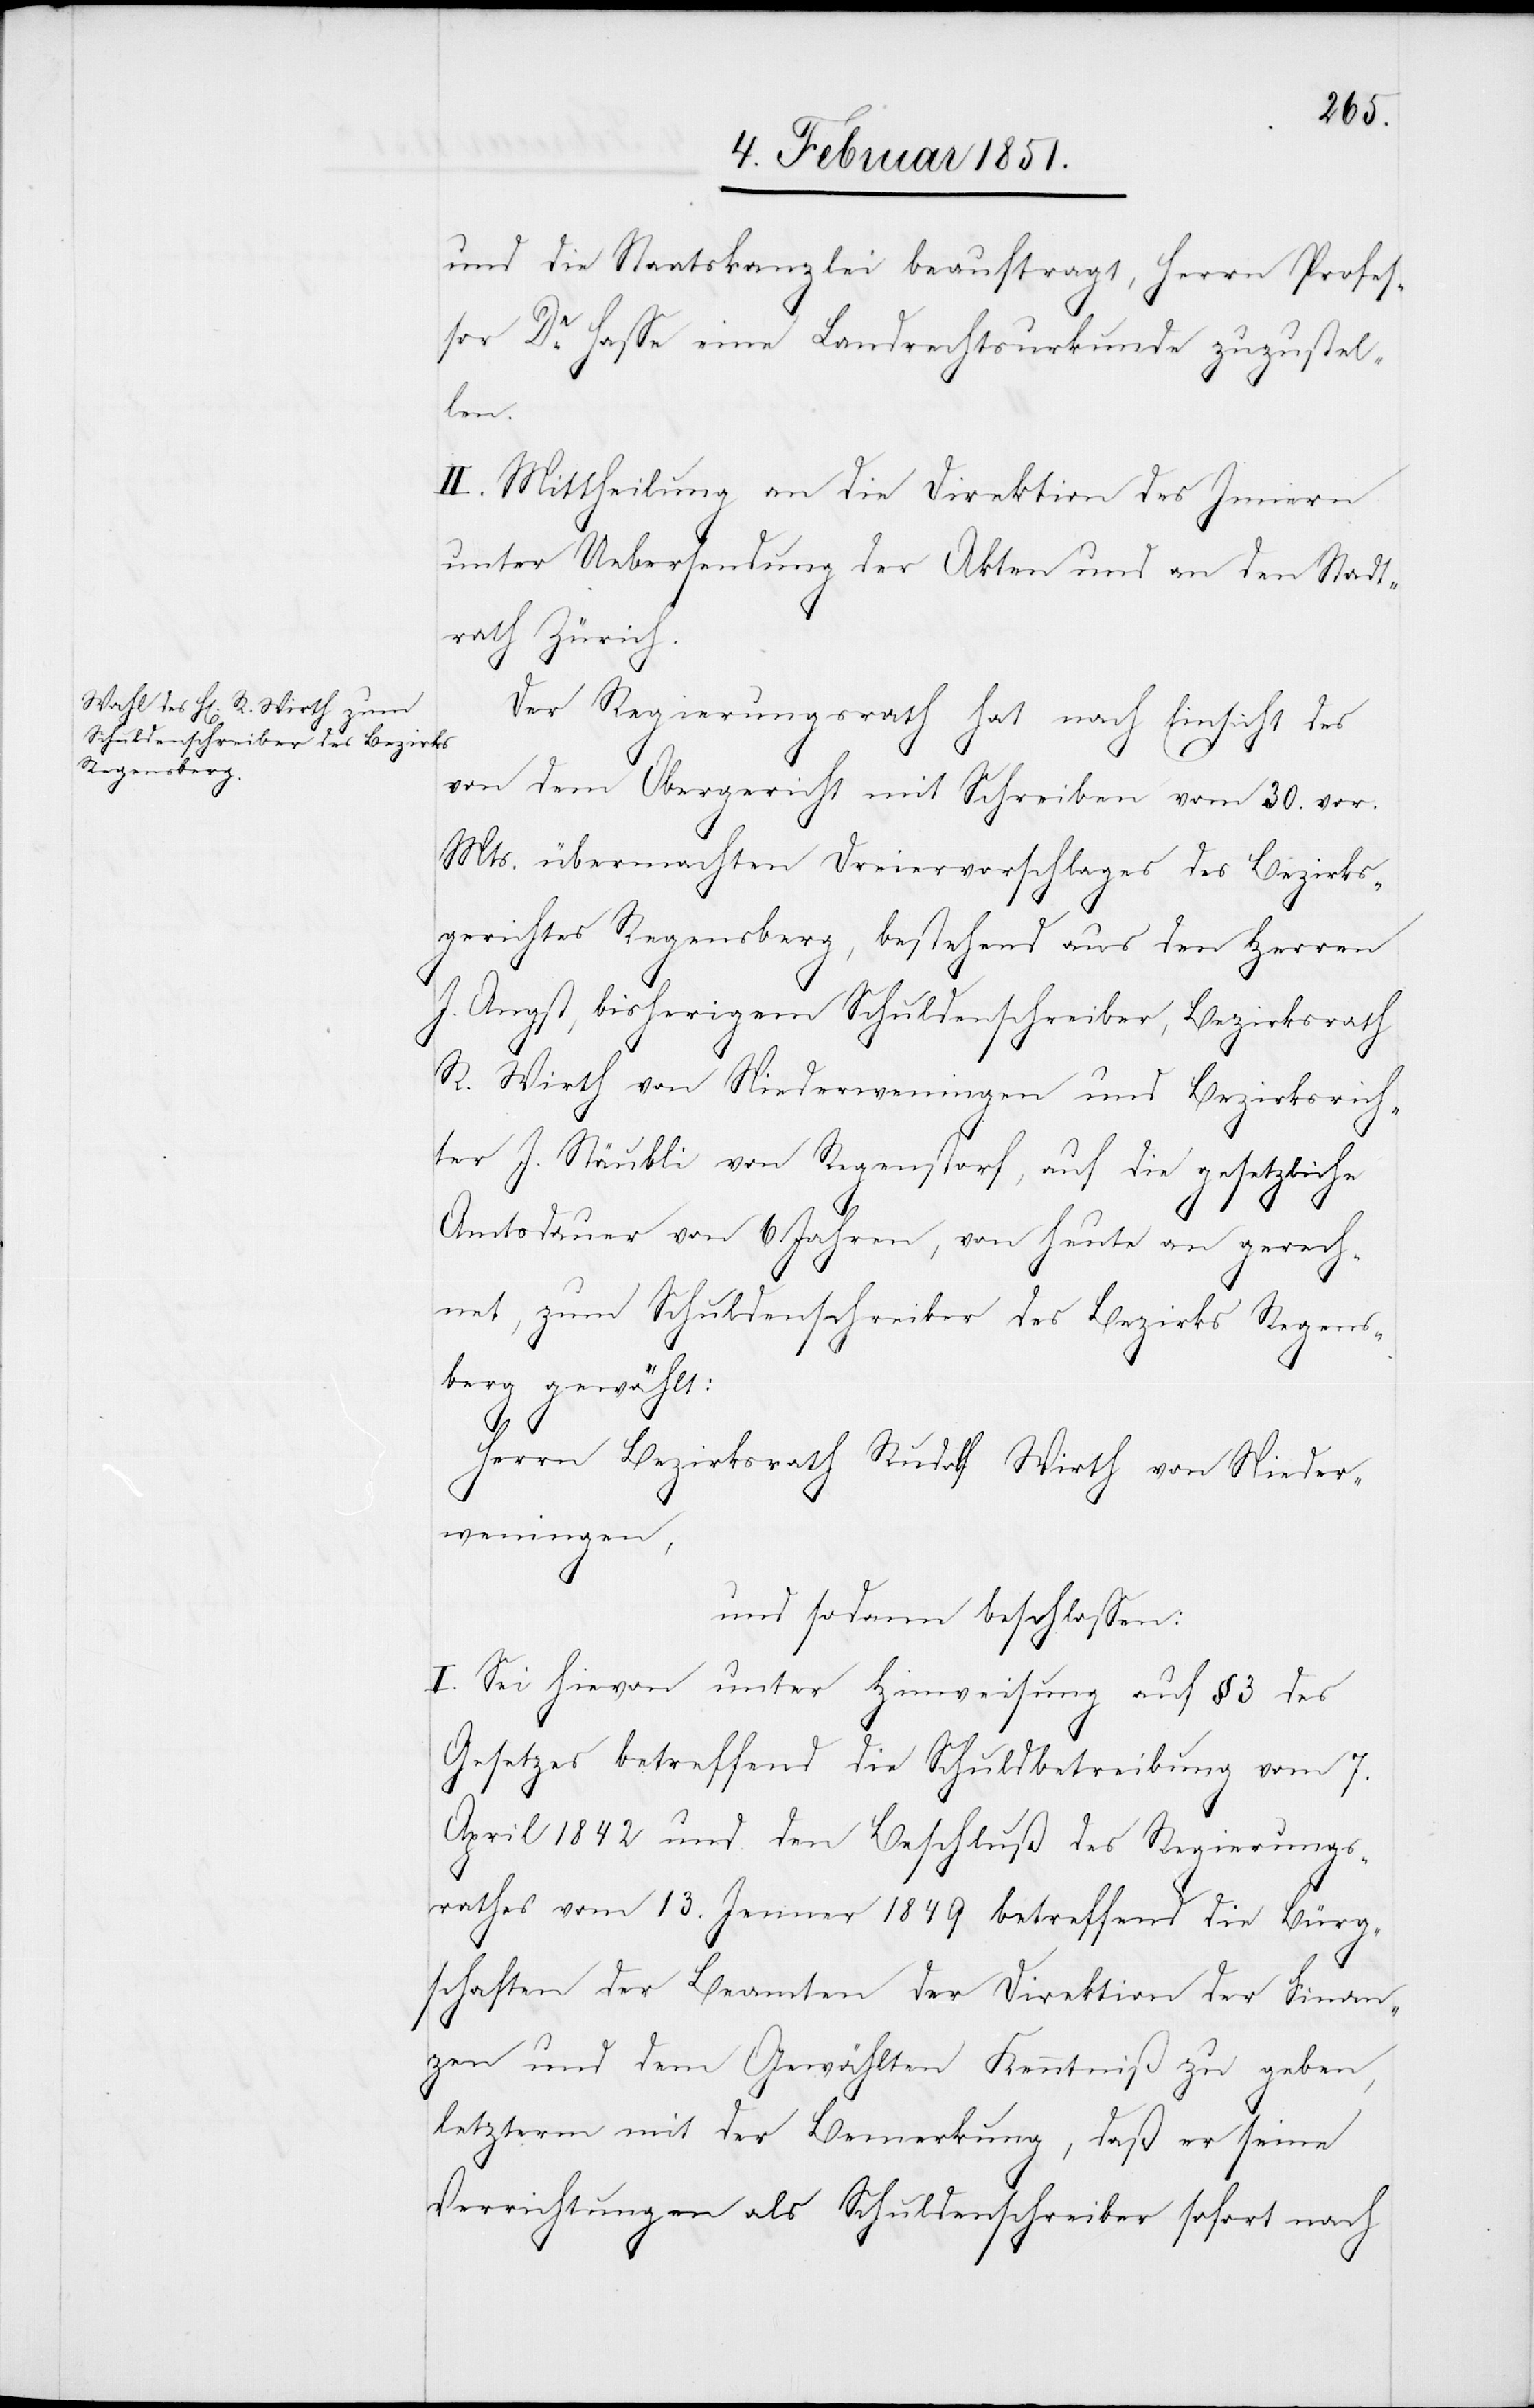
und die Staatskanzlei beauftragt, Herrn Profes¬
sor Dr. Hasse eine Landrechtsurkunde zuzustel¬
len.
II. Mittheilung an die Direktion des Innern
unter Uebersendung der Akten und an den Stadt¬
rath Zürich.
Der Regierungsrath hat nach Einsicht des
von dem Obergericht mit Schreiben vom 30. vor.
Mts. übermachten Dreiervorschlages des Bezirks¬
gerichtes Regensberg, bestehend aus den Herren
J. Angst, bisherigem Schuldenschreiber, Bezirksrath
R. Wirth von Niederweningen und Bezirksrich¬
ter J. Stäubli von Regenstorf, auf die gesetzliche
Amtsdauer von 6 Jahren, von heute an gerech¬
net, zum Schuldenschreiber des Bezirks Regens¬
berg gewählt:
Herrn Bezirksrath Rudolf Wirth von Nieder¬
weningen,
und sodann beschlossen:
I. Sei hievon unter Hinweisung auf § 3 des
Gesetzes betreffend die Schuldbetreibung vom 7.
April 1842 und den Beschluß des Regierungs¬
rathes vom 13. Jenner 1849 betreffend die Bürg¬
schaften der Beamten der Direktion der Finan¬
zen und dem Gewählten Kenntniß zu geben,
letzterm mit der Bemerkung, daß er seine
Verrichtungen als Schuldenschreiber sofort nach